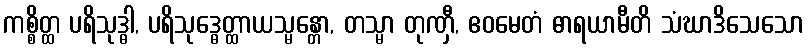
ကစ္စိတ္ထ ပရိသုဒ္ဓါ, ပရိသုဒ္ဓေတ္ထာယသ္မန္တော, တသ္မာ တုဏှီ, ဧဝမေတံ ဓာရယာမီတိ သံဃာဒိသေသော